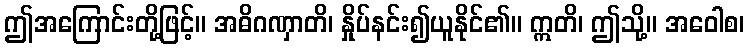
ဤအကြောင်းတို့ဖြင့်။ အဓိဂဏှာတိ၊ နှိုပ်နင်း၍ယူနိုင်၏။ ဣတိ၊ ဤသို့။ အဝေါစ၊